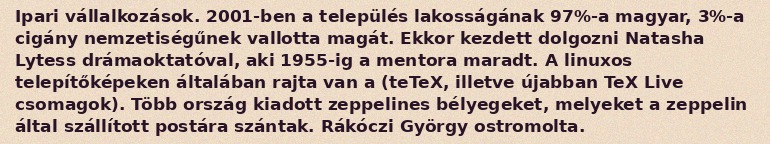
Ipari vállalkozások. 2001-ben a település lakosságának 97%-a magyar, 3%-a cigány nemzetiségűnek vallotta magát. Ekkor kezdett dolgozni Natasha Lytess drámaoktatóval, aki 1955-ig a mentora maradt. A linuxos telepítőképeken általában rajta van a (teTeX, illetve újabban TeX Live csomagok). Több ország kiadott zeppelines bélyegeket, melyeket a zeppelin által szállított postára szántak. Rákóczi György ostromolta.